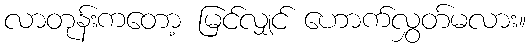
လာတုန်းကတော့ မြင်လျှင် ဟောက်လွှတ်မလား။